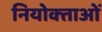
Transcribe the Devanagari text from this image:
नियोक्‍ताओं